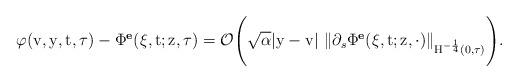
LaTeX: \begin{align*}\varphi(\mathrm{v},\mathrm{y},\mathrm{t}, \tau) - \Phi^{\textbf{e}}(\xi,\mathrm{t};\mathrm{z}, \tau ) = \mathcal{O}\Bigg(\sqrt{\alpha}|\mathrm{y}-\mathrm{v}| \ \Vert \partial_{s}\Phi^{\textbf{e}}(\xi,\mathrm{t};\mathrm{z}, \cdot )\Vert_{\mathrm{H}^{-\frac{1}{4}}(0,\tau)}\Bigg).\end{align*}